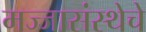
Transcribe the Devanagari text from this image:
मज्जासंस्थेचे